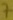
Text: 7